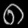
Digit: ၈